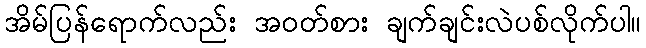
အိမ်ပြန်ရောက်လည်း အဝတ်စား ချက်ချင်းလဲပစ်လိုက်ပါ။